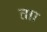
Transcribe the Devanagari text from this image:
ताा